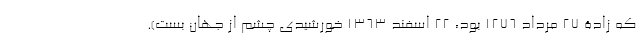
که زادۀ 27 مرداد 1276 بود، 22 اسفند 1363 خورشیدی چشم از جهان بست).